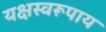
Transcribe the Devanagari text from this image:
यक्षस्वरूपाय